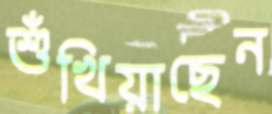
শুঁখিয়াছেন